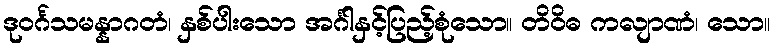
ဒုဝင်္ဂသမန္နာဂတံ၊ နှစ်ပါးသော အင်္ဂါနှင့်ပြည့်စုံသော။ တိဝိဓ ကလျာဏံ၊ သော။